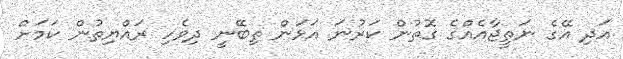
އަދި އޭގެ ނަތީޖާއެއްގެ ގޮތުން ކަރުނަ އަޅަން ތިބޭނީ ދިވެހި ރައްޔިތުން ކަމަށް